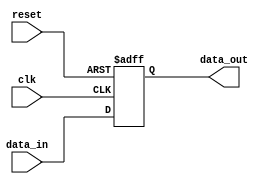
module IO_block_buffer (
    input wire clk,
    input wire reset,
    input wire data_in,
    output wire data_out
);

// IO Block high-speed buffer Verilog code

// Input and output logic for data transmission
reg [7:0] buffer_data;
always @ (posedge clk or posedge reset) begin
    if (reset) begin
        buffer_data <= 8'b0;
    end else begin
        buffer_data <= data_in;
    end
end

assign data_out = buffer_data;

// Error detection and correction mechanisms
// (code to be added here)

endmodule